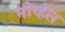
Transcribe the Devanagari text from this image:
नोव्हेल